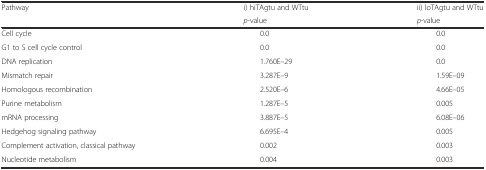
| Pathway | i) hiTAgtu and WTtu | ii) loTAgtu and WTtu |
 |  | p-value | p-value |
 | --- | --- | --- |
 | Cell cycle | 0.0 | 0.0 |
 | G1 to S cell cycle control | 0.0 | 0.0 |
 | DNA replication | 1.760E–29 | 0.0 |
 | Mismatch repair | 3.287E–9 | 1.59E–09 |
 | Homologous recombination | 2.520E–6 | 4.66E–05 |
 | Purine metabolism | 1.287E–5 | 0.005 |
 | mRNA processing | 3.887E–5 | 6.08E–06 |
 | Hedgehog signaling pathway | 6.695E–4 | 0.005 |
 | Complement activation, classical pathway | 0.002 | 0.003 |
 | Nucleotide metabolism | 0.004 | 0.003 |